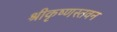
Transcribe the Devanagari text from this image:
श्रीकृष्णस्तवन